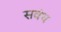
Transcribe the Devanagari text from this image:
सवंध